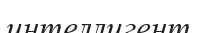
интеллигент